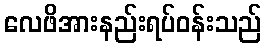
လေဖိအားနည်းရပ်ဝန်းသည်